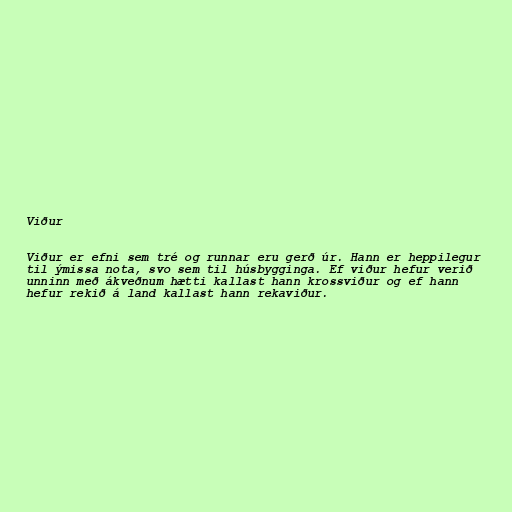
Viður

Viður er efni sem tré og runnar eru gerð úr. Hann er heppilegur
til ýmissa nota, svo sem til húsbygginga. Ef viður hefur verið
unninn með ákveðnum hætti kallast hann krossviður og ef hann
hefur rekið á land kallast hann rekaviður.